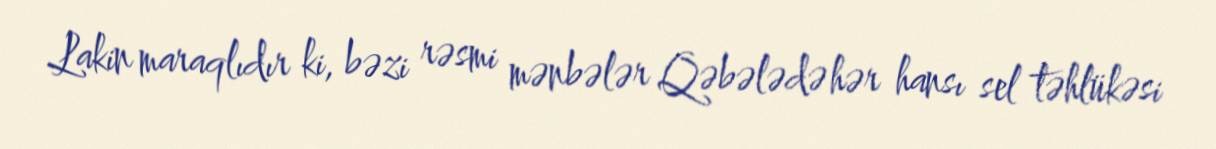
Lakin maraqlıdır ki, bəzi rəsmi mənbələr Qəbələdə hər hansı sel təhlükəsi